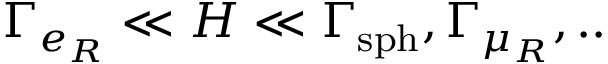
\Gamma _ { e _ { R } } \ll H \ll \Gamma _ { \mathrm { s p h } } , \Gamma _ { \mu _ { R } } , . .